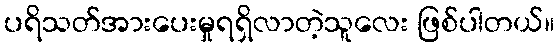
ပရိသတ်အားပေးမှုရရှိလာတဲ့သူလေး ဖြစ်ပါတယ်။